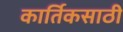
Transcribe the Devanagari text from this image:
कार्तिकसाठी